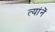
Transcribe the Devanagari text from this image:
त्यांनें